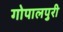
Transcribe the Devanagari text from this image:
गोपालपुरी